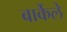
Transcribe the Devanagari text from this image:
बार्केले